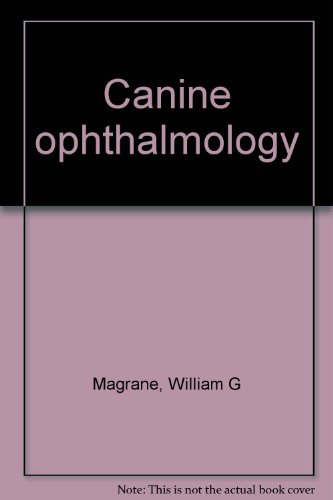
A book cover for Canine ophthalmology; William G Magrane; Medical Books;